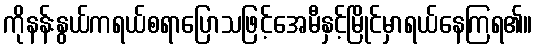
ကိုနန်းနွယ်ကရယ်စရာပြောသဖြင့်အေမီနှင့်မြိုင်မှာရယ်နေကြရ၏။